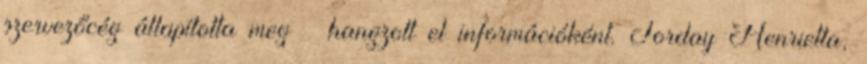
szervezőcég állapította meg – hangzott el információként. Torday Henrietta,